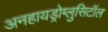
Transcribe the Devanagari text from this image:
अनहायड्रोग्लुसिटॉल